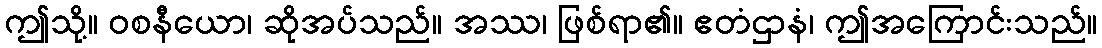
ဤသို့။ ဝစနီယော၊ ဆိုအပ်သည်။ အဿ၊ ဖြစ်ရာ၏။ ဧတံဌာနံ၊ ဤအကြောင်းသည်။